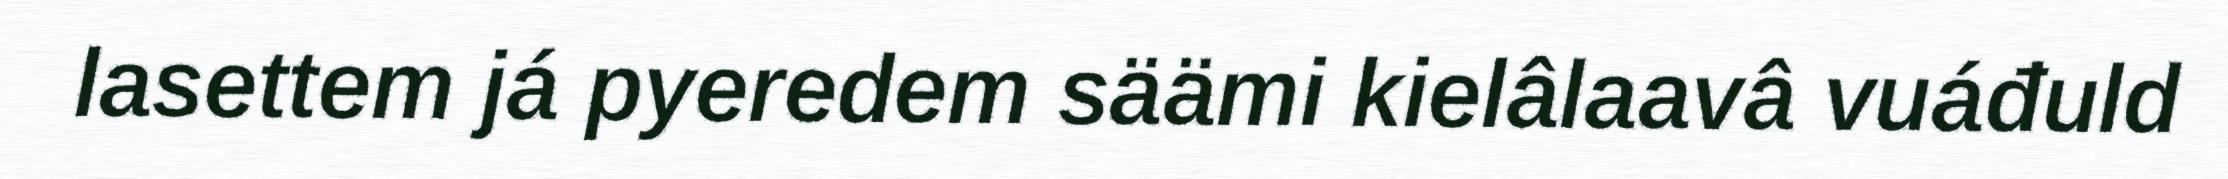
lasettem já pyeredem säämi kielâlaavâ vuáđuld